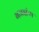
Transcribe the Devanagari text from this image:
गजझंपा